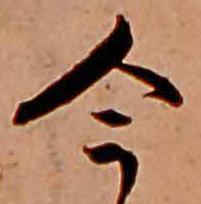
今